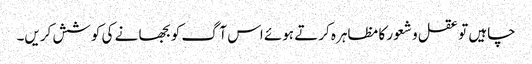
چاہیں تو عقل و شعور کا مظاہرہ کرتے ہوئے اس آگ کو بجھا نے کی کوشش کریں۔